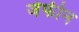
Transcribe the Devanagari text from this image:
जेफीन